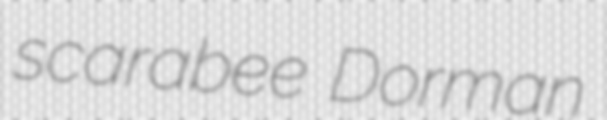
scarabee Dorman